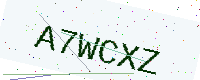
Text: A7WCXZ